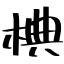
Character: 椣